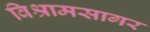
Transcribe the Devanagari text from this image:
विश्रामसागर